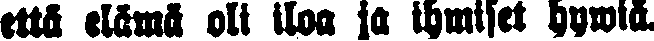
että elämä oli iloa ja ihmiset hywiä.